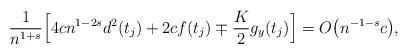
LaTeX: \begin{align*} \frac{1}{n^{1+s}}\Bigl[4cn^{1-2s}d^2(t_{j})+2c f(t_{j})\mp \frac{K}{2}g_y(t_{j})\Bigr]=O\bigl( n^{-1-s}c\bigr),\end{align*}